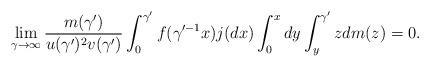
LaTeX: \begin{align*} \lim_{\gamma \to \infty}\frac{m(\gamma')}{u(\gamma')^2v(\gamma')} \int_{0}^{\gamma'}f(\gamma'^{-1}x)j(dx)\int_{0}^{x}dy\int_{y}^{\gamma'}zdm(z) = 0. \end{align*}